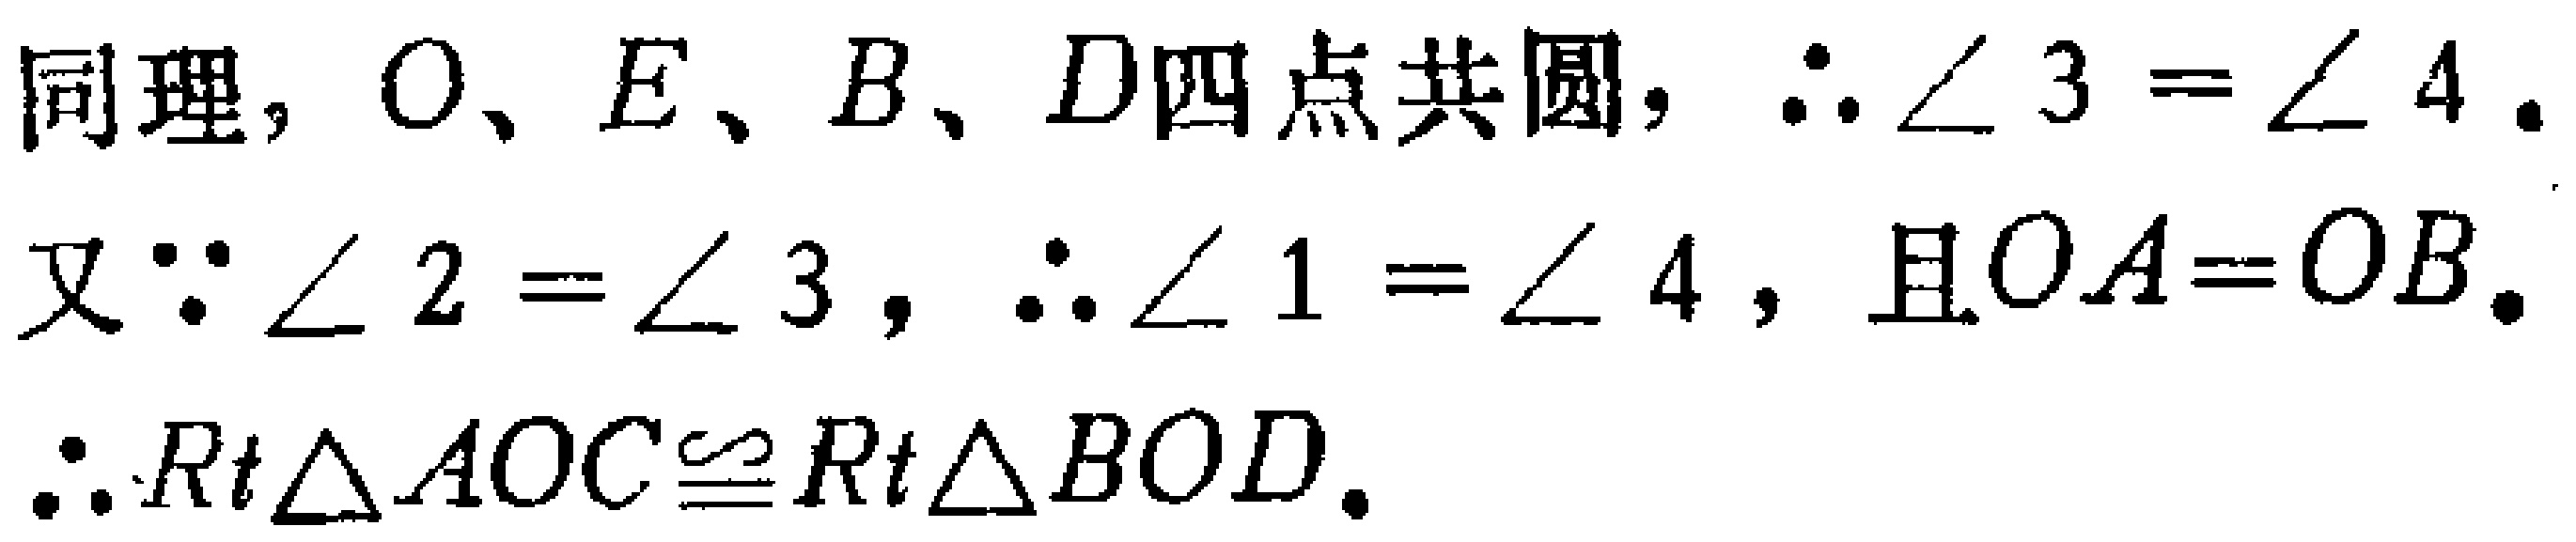
同理，$O、E、B、D$四点共圆，$\therefore \angle 3 = \angle 4$.

又$\because \angle 2 = \angle 3$，$\therefore \angle 1 = \angle 4$，且$OA = OB$.

$\therefore Rt\triangle AOC\cong Rt\triangle BOD$.